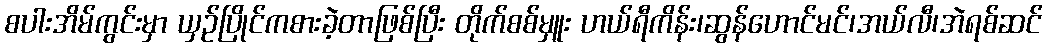
စပါးအိမ်ကွင်းမှာ ယှဉ်ပြိုင်ကစားခဲ့တာဖြစ်ပြီး တိုက်စစ်မှူး ဟယ်ရီကိန်း၊ဆွန်ဟောင်မင်၊အယ်လီ၊အဲရစ်ဆင်